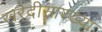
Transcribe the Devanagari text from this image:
खरेदीसारख्या